Black-water fever - Number 35
Disease focus: Fever
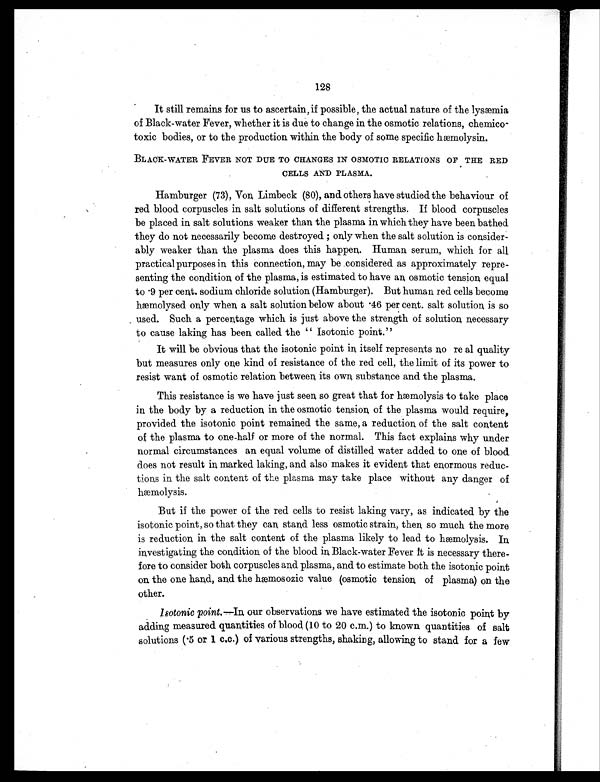
128
It still remains for us to ascertain, if possible, the actual nature of the lysæmia
of Black-water Fever, whether it is due to change in. the osmotic relations, chemico-
toxic bodies, or to the production within the body of some specific hæmolysin.
BLACK-WATER FEVER NOT DUE TO CHANGES IN OSMOTIC RELATIONS OF THE RED
CELLS AND PLASMA.
Hamburger (73) , Von Limbeck (80), and others have studied the behaviour of
red blood corpuscles in salt solutions of different strengths. If blood corpuscles
be placed in salt solutions weaker than the plasma in which they have been bathed
they do not necessarily become destroyed ; only when the salt solution is consider-
ably weaker than the plasma does this happen. Human serum, which for all
practical purposes in this connection, may be considered as approximately repre-
senting the condition of the plasma, is estimated to have an osmotic tension equal
to .9 per cent. sodium chloride solution (Hamburger). But human red cells become
hæmolysed only when a salt solution below about .46 per cent. salt solution is so
used. Such a percentage which is just above the strength of solution necessary
to cause laking has been called the " Isotonic point."
It will be obvious that the isotonic point in itself represents no re al quality
but measures only one kind of resistance of the red cell, the limit of its power to
resist want of osmotic relation between its own substance and the plasma.
This resistance is we have just seen so great that for hæmolysis to take place
in the body by a reduction in the osmotic tension of the plasma would require,
provided the isotonic point remained the same, a reduction of the salt content
of the plasma to one-half or more of the normal. This fact explains why under
normal circumstances an equal volume of distilled water added to one of blood
does not result in marked laking, and also makes it evident that enormous reduc-
tions in the salt content of the plasma may take place without any danger of
hæmolysis.
But if the power of the red cells to resist laking vary, as indicated by the
isotonic point, so that they can stand less osmotic strain, then so much the more
is reduction in the salt content of the plasma likely to lead to hæmolysis. In
investigating the condition of the blood in Black-water Fever It is necessary there-
fore to consider both corpuscles and plasma, and to estimate both the isotonic point
on the one hand, and the hæmosozic value (osmotic tension of plasma) on the
other.
Isotonic point,—In, our observations we have estimated the isotonic point by
adding measured quantities of blood (10 to 20 c.m.) to known quantities of salt
solutions (.5 or I c,c.) of various strengths, shaking, allowing to stand for a few